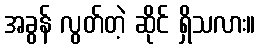
အခွန် လွတ်တဲ့ ဆိုင် ရှိသလား။